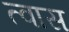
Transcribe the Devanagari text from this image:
त्वास